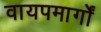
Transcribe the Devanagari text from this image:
वायपमार्गों